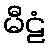
မီဠံ